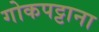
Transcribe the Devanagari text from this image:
गोकपट्टाना